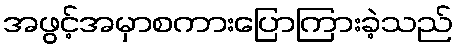
အဖွင့်အမှာစကားပြောကြားခဲ့သည်